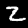
Digit: 2